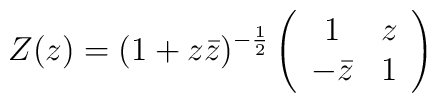
Z(z) = (1+z \bar{z})^{-\frac{1}{2}} \left(\begin{array}{cc}1 & z \\-\bar{z} & 1\end{array}\right)